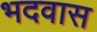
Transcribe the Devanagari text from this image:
भदवास